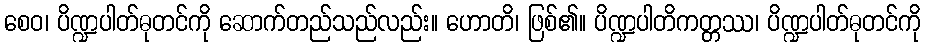
စေဝ၊ ပိဏ္ဍပါတ်ဓုတင်ကို ဆောက်တည်သည်လည်း။ ဟောတိ၊ ဖြစ်၏။ ပိဏ္ဍပါတိကတ္တဿ၊ ပိဏ္ဍပါတ်ဓုတင်ကို